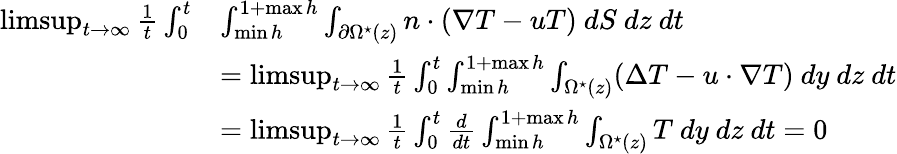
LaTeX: \begin{array}{rl}{\operatorname*{limsup}_{t\rightarrow\infty}\frac{1}{t}\int_{0}^{t}}&{\int_{\operatorname*{min}h}^{1+\operatorname*{max}h}\int_{\partial\Omega^{\star}(z)}n\cdot(\nabla T-uT)\ dS\ dz\ dt}\\ &{=\operatorname*{limsup}_{t\rightarrow\infty}\frac{1}{t}\int_{0}^{t}\int_{\operatorname*{min}h}^{1+\operatorname*{max}h}\int_{\Omega^{\star}(z)}(\Delta T-u\cdot\nabla T)\ dy\ dz\ dt}\\ &{=\operatorname*{limsup}_{t\rightarrow\infty}\frac{1}{t}\int_{0}^{t}\frac{d}{dt}\int_{\operatorname*{min}h}^{1+\operatorname*{max}h}\int_{\Omega^{\star}(z)}T\ dy\ dz\ dt=0\, }\end{array}